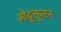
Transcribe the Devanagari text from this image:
ओट्टक्तूतन